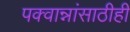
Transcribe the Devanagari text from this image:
पक्वान्नांसाठीही